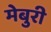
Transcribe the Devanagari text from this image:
मेबुरी